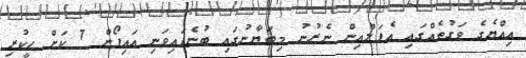
އިއްޔެގެ ވަގުތެއްގައި އެޕަލްއިން ނެރުނު މިބަޔާނުގައި ބުނެފައިވަނި އައިފޯން 7 ކަށް ހީކުރި